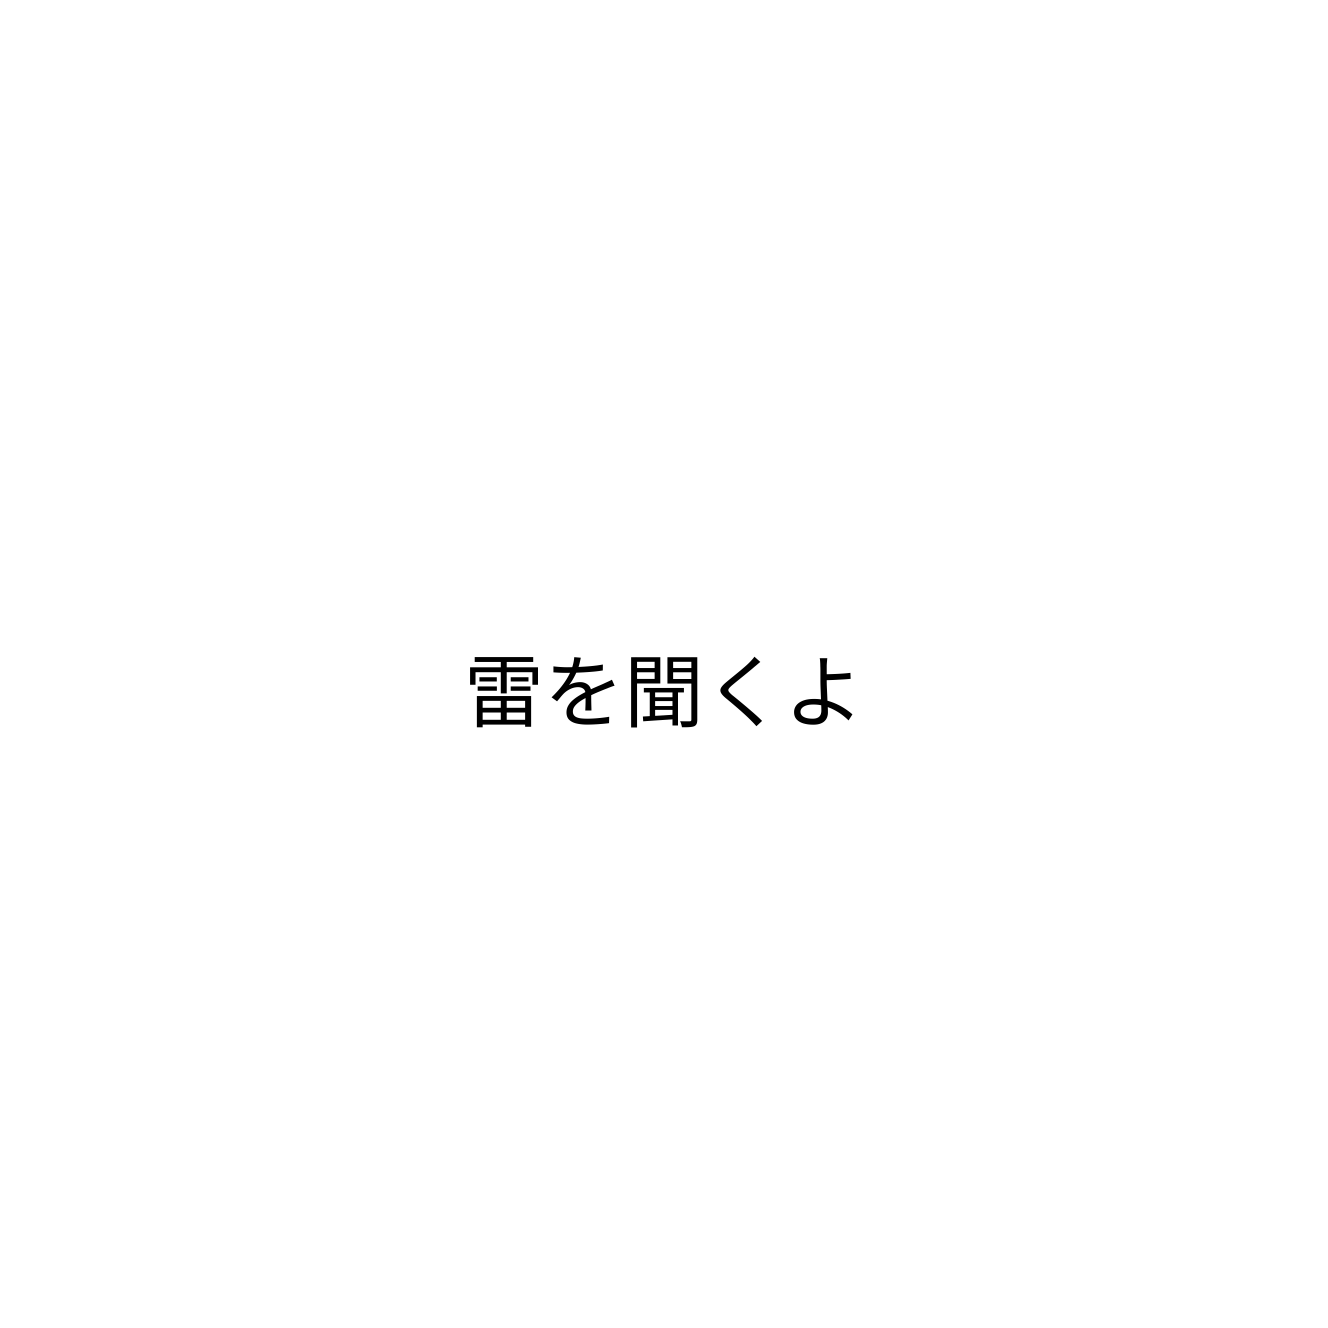
雷を聞くよ